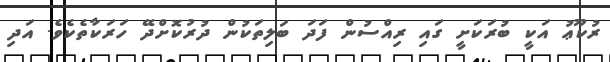
ރުކޫޢު އަކީ ބުރަކަށީ ގައި ރިއްސުން ފަދަ ބަލިތަކުން ދުރުކޮށްދޭ ހަރަކާތެކެވެ. އަދި